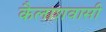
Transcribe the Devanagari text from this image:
कैलाशवासी